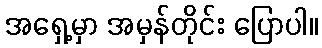
အရှေ့မှာ အမှန်တိုင်း ပြောပါ။